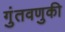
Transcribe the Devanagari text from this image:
गुंतवणुकी